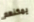
يمكنهم